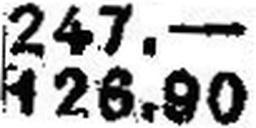
126.90